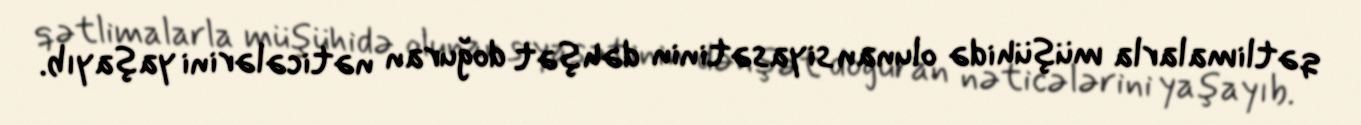
qətlimalarla müşühidə olunan siyasətinin dəhşət doğuran nəticələrini yaşayıb.